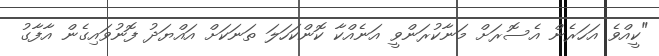
"ކީއްވެ އަހަރެން އެސޮރަށް މަނާކުރަންވީ އަނެއްކާ ކޮންކަހަލަ ތަނަކަށް އައްޔަދު ފޮނުވައިގެން އާފާގު